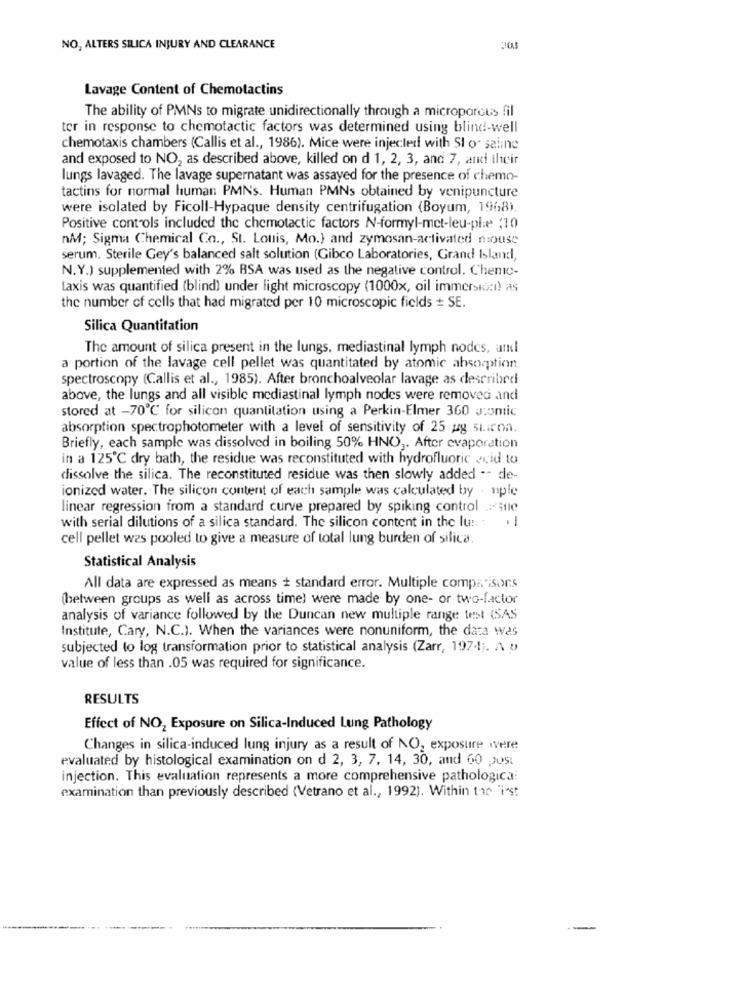
NO, ALTERS SILICA INJURY AND CLEARANCE
Lavage Content of Chemotactins
The ability of PMNs to migrate unidirectionally through a microporous fil
ter in response to chemotactic factors was determined using blind-well
chemotaxis chambers (Callis et al ., 1986). Mice were injected with SI o saline
and exposed to NO2 as described above, killed on d 1, 2, 3, and 7, and their
lungs lavaged. The lavage supernatant was assayed for the presence of chemo-
tactins for normal human PMNs. Human PMNs obtained by venipuncture
were isolated by Ficoll-Hypaque density centrifugation (Boyum, 1968).
Positive controls included the chemotactic factors N-formyl-met-leu-plie: 10
nM; Sigma Chemical Co ., St. Louis, Mo.) and zymosan-activated mouse
serum. Sterile Gey's balanced salt solution (Gibco Laboratories, Grand Island,
N.Y.) supplemented with 2% BSA was used as the negative control. Chemo-
Laxis was quantified (blind) under light microscopy (1000x, oil immersioni) as
the number of cells that had migrated per 10 microscopic fields = SE.
Silica Quantitation
The amount of silica present in the lungs, mediastinal lymph nodes, and
a portion of the lavage cell pellet was quantitated by atomic absorption
spectroscopy (Callis et al ., 1985). After bronchoalveolar lavage as described
above, the lungs and all visible mediastinal lymph nodes were removed and
stored at -70℃ for silicon quantitation using a Perkin-Elmer 360 J;omic
absorption spectrophotometer with a level of sensitivity of 25 ug si.icon.
Briefly, each sample was dissolved in boiling 50% HNO ,. After evaporation
in a 125℃ dry bath, the residue was reconstituted with hydrofluoric acid to
dissolve the silica. The reconstituted residue was then slowly added -- de-
ionized water. The silicon content of each sample was calculated by . nple
linear regression from a standard curve prepared by spiking control : stle
with serial dilutions of a silica standard. The silicon content in the lu :. "
-
cell pellet was pooled to give a measure of total lung burden of silica.
Statistical Analysis
All data are expressed as means + standard error. Multiple comparisons
(between groups as well as across time) were made by one- or two-factor
analysis of variance followed by the Duncan new multiple range test (SAS
Institute, Cary, N.C.). When the variances were nonuniform, the data was
subjected to log transformation prior to statistical analysis (Zarr, 1974 ;. A )
value of less than .05 was required for significance.
RESULTS
Effect of NO2 Exposure on Silica-Induced Lung Pathology
Changes in silica-induced lung injury as a result of NO, exposure were
evaluated by histological examination on d 2, 3, 7, 14, 30, and 60 post
injection. This evaluation represents a more comprehensive pathologica:
examination than previously described (Vetrano et al ., 1992). Within the "ist